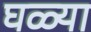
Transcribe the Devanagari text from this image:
घळ्या